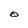
Character: O